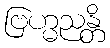
ဗြဟ္မညန္တိ